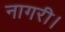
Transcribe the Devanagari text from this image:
नागरी।